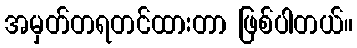
အမှတ်တရတင်ထားတာ ဖြစ်ပါတယ်။